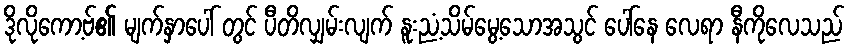
ဒိုလိုကော့ဗ်၏ မျက်နှာပေါ် တွင် ပီတိလျှမ်းလျက် နူးညံ့သိမ်မွေ့သောအသွင် ပေါ်နေ လေရာ နီကိုလေသည်